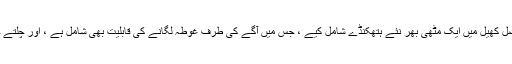
[]] کوئی افسوس نہیں ، اصل کھیل میں ایک مٹھی بھر نئے ہتھکنڈے شامل کیے ، جس میں آگے کی طرف غوطہ لگانے کی قابلیت بھی شامل ہے ، اور چلتے چلتے سائیڈ اسٹپ پر بھی۔